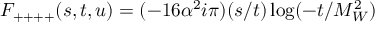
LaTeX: F _ { + + + + } ( s , t , u ) = ( - 1 6 \alpha ^ { 2 } i \pi ) ( s / t ) \log ( - t / M _ { W } ^ { 2 } )